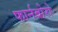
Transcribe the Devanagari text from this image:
फार्नबोरो